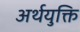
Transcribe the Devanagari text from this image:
अर्थयुक्ति